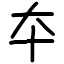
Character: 夲